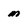
Character: m